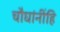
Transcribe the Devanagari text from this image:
चौघांनींहि